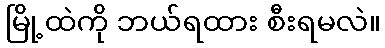
မြို့ထဲကို ဘယ်ရထား စီးရမလဲ။